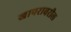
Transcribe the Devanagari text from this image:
खापरावरील